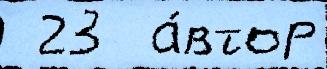
 23  а́втор